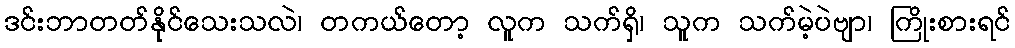
ဒင်းဘာတတ်နိုင်သေးသလဲ၊ တကယ်တော့ လူက သက်ရှိ၊ သူက သက်မဲ့ပဲဗျာ၊ ကြိုးစားရင်